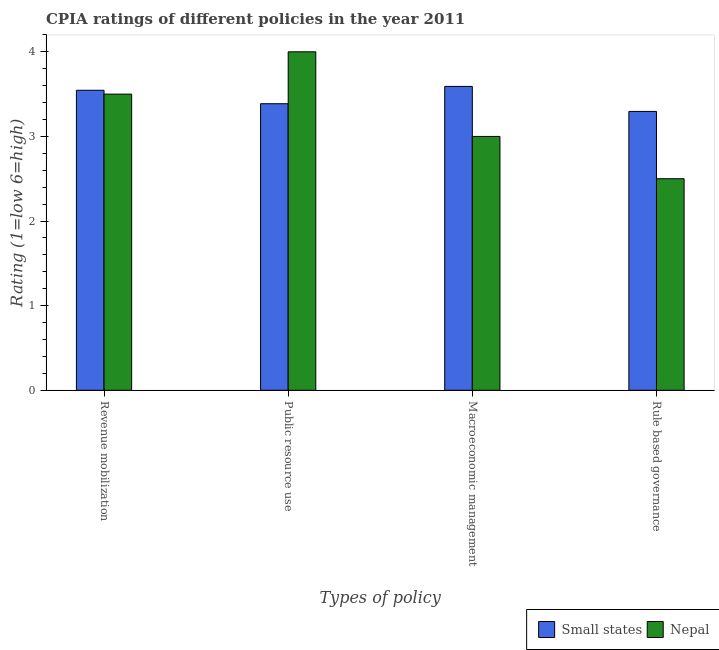
| Types of policy | Small states | Nepal |
 | --- | --- | --- |
 | Revenue mobilization | 3.55 | 3.5 |
 | Public resource use | 3.39 | 4 |
 | Macroeconomic management | 3.59 | 3 |
 | Rule based governance | 3.3 | 2.5 |